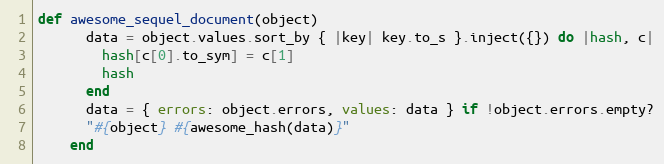
Language: Ruby
def awesome_sequel_document(object)
      data = object.values.sort_by { |key| key.to_s }.inject({}) do |hash, c|
        hash[c[0].to_sym] = c[1]
        hash
      end
      data = { errors: object.errors, values: data } if !object.errors.empty?
      "#{object} #{awesome_hash(data)}"
    end